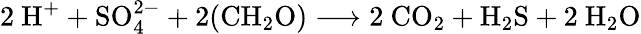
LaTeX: \mathrm{2\ H^{+}+SO_{4}^{2-}+2(CH_{2}O)\longrightarrow 2\ CO_{2}+H_{2}S+2\ H_{2}O}